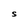
Character: S